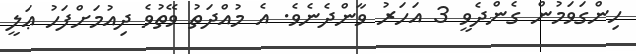
ހިންގަވަމުން ގެންދެވީ 3 އަހަރު ވާންދެނެވެ. އެ މުއްދަތު ވޭތުވެ ދިއުމަށްފަހު ޢަލީ